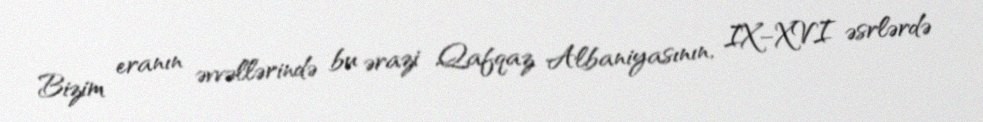
Bizim eranın əvvəllərində bu ərazi Qafqaz Albaniyasının, IX–XVI əsrlərdə